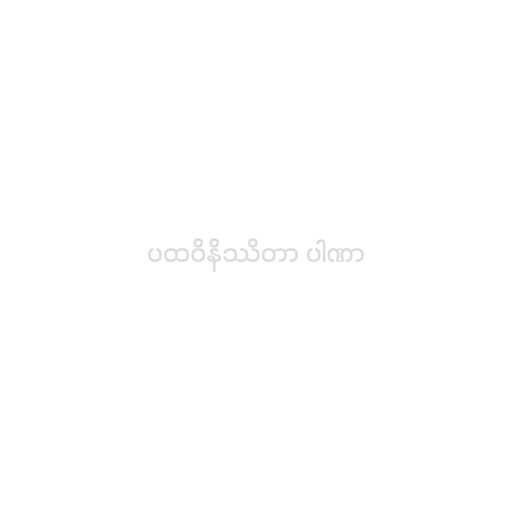
ပထဝိနိဿိတာ ပါဏာ